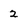
Character: 2